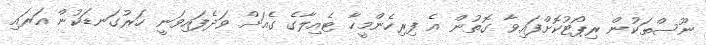
ނޫސްތަކުން ރިޕޯޓުކޮށްފައިވާ ގޮތުން އެ ފިރިހެންމީހާ ޓެއިލާގެ ގެއަށް ވަދެފައިވަނީ ހަރުގަނޑަކުން އަރައި